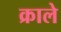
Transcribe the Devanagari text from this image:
क्राले